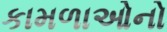
કામળાઓનો